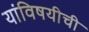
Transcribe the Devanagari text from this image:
यांविषयीची